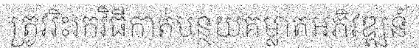
ត្រូវរិះរកវិធីកាត់បន្ថយគម្លាតអភិវឌ្ឍន៍